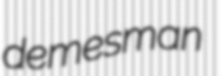
demesman